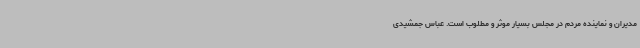
مدیران و نماینده مردم در مجلس بسیار موثر و مطلوب است. عباس جمشیدی